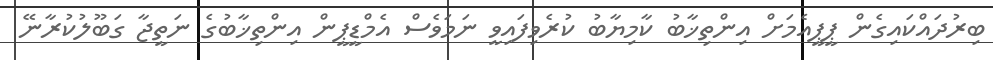
ބިރުދައްކައިގެން ޕީޕީއެމަށް އިންތިޚާބު ކާމިޔާބު ކުރެވިފައިވީ ނަމަވެސް އެމްޑީޕީން އިންތިޚާބުގެ ނަތީޖާ ގަބޫލުކުރާނޭ